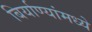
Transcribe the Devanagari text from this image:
बिर्याण्यांमध्ये